Annual administration and progress report of the Indian Medical Department, Bombay
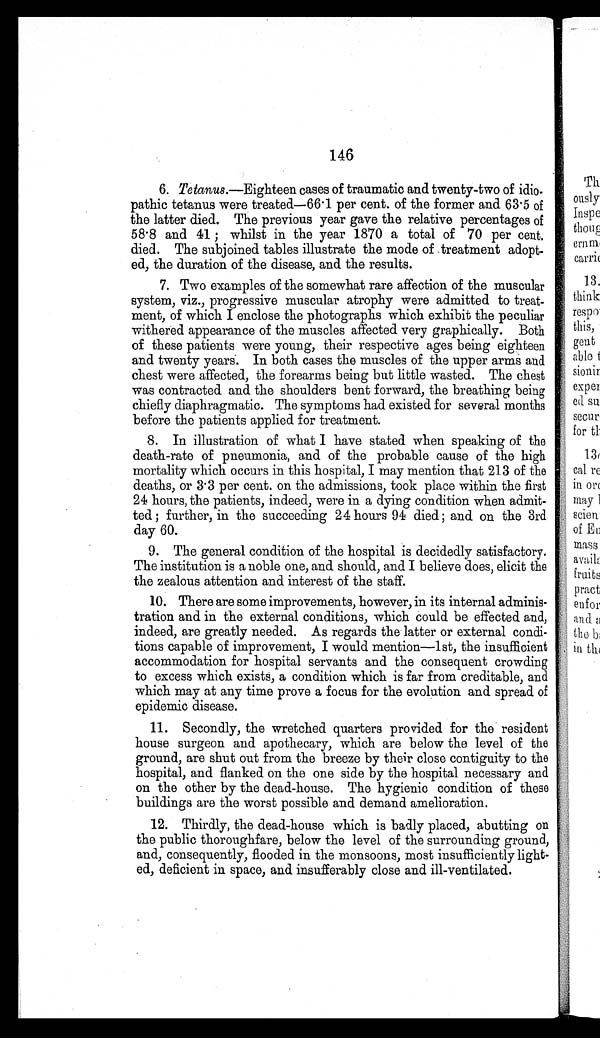
146
6.
Tetanus .—Eighteen cases of traumatic and twenty-two of idio
- p a t h i c t e t a n u s w e r e t r e a t e d — 6 6 . 1 p e r c e n t . o f t h e f o r m e r a n d 6 3 . 5 o f
the latter died. The previous year gave the relative percentages of
58.8 and 41 ; whilst in the year 1870 a total of 70 per cent.
died. The subjoined tables illustrate the mode of treatment adopt
- e d , t h e d u r a t i o n o f t h e d i s e a s e , a n d t h e r e s u l t s .
7. Two examples of the somewhat rare affection of the muscular
system, viz., progressive muscular atrophy were admitted to treat
- m e n t , o f w h i c h I e n c l o s e t h e p h o t o g r a p h s w h i c h e x h i b i t t h e p e c u l i a r
withered appearance of the muscles affected very graphically. Both
of these patients were young, their respective ages being eighteen
and twenty years. In both cases the muscles of the upper arms and
chest were affected, the forearms being but little wasted. The chest
was contracted and the shoulders bent forward, the breathing being
chiefly diaphragmatic. The symptoms had existed for several months
before the patients applied for treatment.
8. In illustration of what I have stated when speaking of the
death-rate of pneumonia, and of the probable cause of the high
mortality which occurs in this hospital, I may mention that 213 of the
deaths, or 3.3 per cent. on the admissions, took place within the first
24 hours, the patients, indeed, were in a dying condition when admit
- t e d ; f u r t h e r , i n t h e s u c c e e d i n g 2 4 h o u r s 9 4 d i e d ; a n d o n t h e 3 r d
day 60.
9. The general condition of the hospital is decidedly satisfactory.
The institution is a noble one, and should, and I believe does, elicit the
the zealous attention and interest of the staff.
11. There are some improvements, however, in its internal adminis-
tration and in the external conditions, which could be effected and,
indeed, are greatly needed. As regards the latter or external condi
- t i o n s c a p a b l e o f i m p r o v e m e n t , I w o u l d m e n t i o n — 1 s t , t h e i n s u f f i c i e n t
accommodation for hospital servants and the consequent crowding
to excess which exists, a condition which is far from creditable, and
which may at any time prove a focus for the evolution and spread of
epidemic disease.
11. Secondly, the wretched quarters provided for the resident
house surgeon and apothecary, which are below the level of the
ground, are shut out from the breeze by their close contiguity to the
hospital, and flanked on the one side by the hospital necessary and
on the other by the dead-house. The hygienic condition of these
buildings are the worst possible and demand amelioration.
12. Thirdly, the dead-house which is badly placed, abutting on
the public thoroughfare, below the level of the surrounding ground,
and, consequently, flooded in the monsoons, most insufficiently light
- e d , d e f i c i e n t i n s p a c e , a n d i n s u f f e r a b l y c l o s e a n d i l l - v e n t i l a t e d .